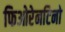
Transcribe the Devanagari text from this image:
फिओरेनटिनो